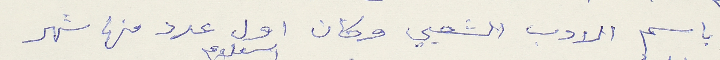
باسم الادب الشعبي وكان اول عدد منها شهر